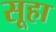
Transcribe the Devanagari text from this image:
सूहा